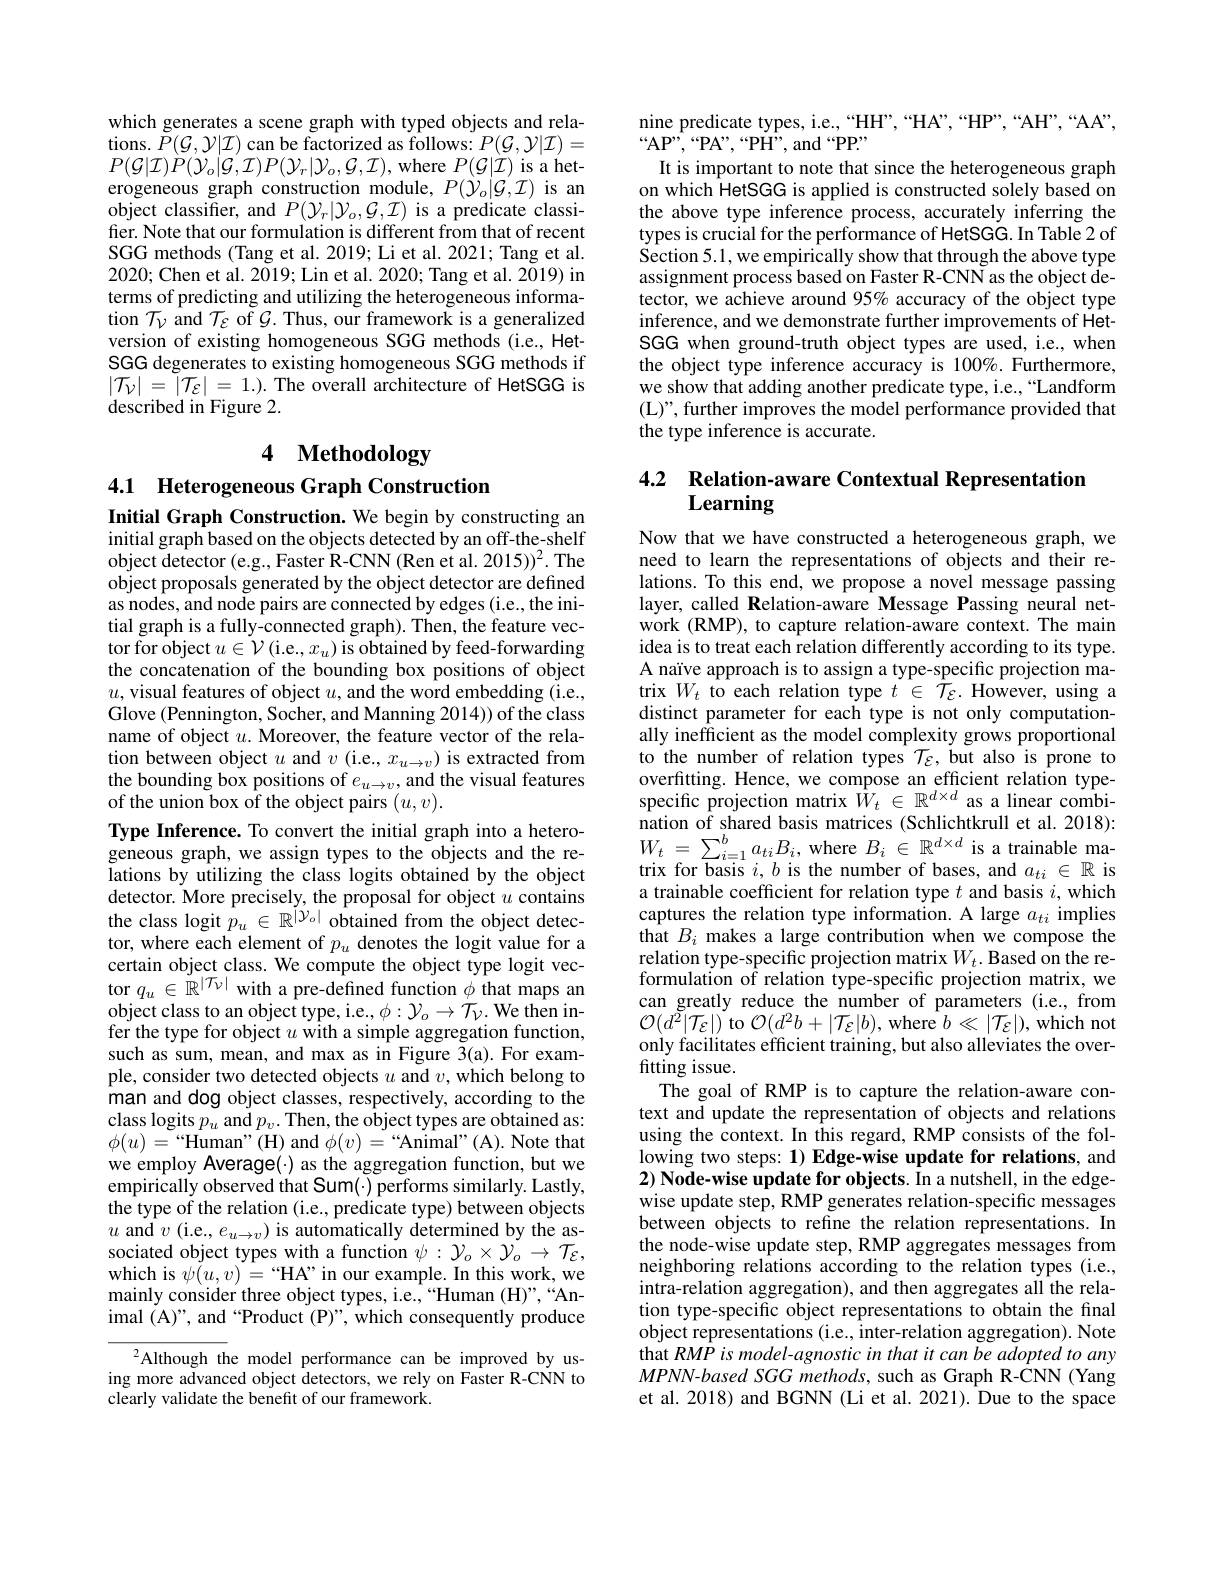
which generates a scene graph with typed objects and relations. $\tilde{P}(\mathcal{G},\mathcal{Y}|\mathcal{I})$ can be factorized as follows: $P(\mathcal{G},\mathcal{Y}|\mathcal{I})=$ $P(\mathcal{G}|\mathcal{I})\dot{P}(\mathcal{Y}_{o}|\mathcal{G},\mathcal{I})P(\mathcal{Y}_{r}|\mathcal{Y}_{o},\mathcal{G},\mathcal{I})$,where $P(\mathcal{G}|\mathcal{I})$ is a heterogeneous graph construction module, $P(\mathcal{Y}_o|\mathcal{G},\mathcal{I})$ is an object classifier, and $P(\mathcal{Y}_{r}|\mathcal{Y}_{o},\mathcal{G},\mathcal{I})$ is a predicate classifier. Note that our formulation is different from that of recent SGG methods (Tang et al.2019; Li et al. 2021; Tang et al. 2020; Chen et al. 2019; Lin et al. 2020; Tang et al. 2019) in terms of predicting and utilizing the heterogeneous information $\mathcal{T}_{\mathcal{V}}$ and $\mathcal{T}_{\mathcal{E}}$ of $\mathcal{G}.$ Thus, our framework is a generalized version of existing homogeneous SGG methods (i.e., HetSGG degenerates to existing homogeneous SGG methods if $|\mathcal{T}_{\mathcal{V}}|=|\mathcal{T}_{\mathcal{E}}|=1.).$ The overall architecture of HetSGG is described in Figure 2.

# 4 Methodology
4.1 Heterogeneous Graph Construction

Initial Graph Construction. We begin by constructing an initial graph based on the objects detected by an off-the-shelf object detector (e.g., Faster R-CNN (Ren et al. 2015))$^{2}.$The object proposals generated by the object detector are defined as nodes, and node pairs are connected by edges (i.e., the initial graph is a fully-connected graph). Then, the feature vector for object $u\in\mathcal{V}($i.e.$,x_u)$ is obtained by feed-forwarding the concatenation of the bounding box positions of object $u$,visual features of object $u$, and the word embedding (i.e., Glove (Pennington, Socher, and Manning 2014)) of the class name of object $u.$ Moreover, the feature vector of the relation between object $u$ and $v($i.e., $x_u\to v)$ is extracted from the bounding box positions of $e_u\to v$, and the visual features of the union box of the object pairs $(u,v).$
Type Inference. To convert the initial graph into a heterogeneous graph, we assign types to the objects and the relations by utilizing the class logits obtained by the object detector. More precisely, the proposal for object $u$ contains the class logit $p_u\in\mathbb{R}^{|\mathcal{Y}_o|}$ obtained from the object detector, where each element of $p_u$ denotes the logit value for a $\begin{array}{l}\text{certain object class. We compute the object type logit vec-}\\\mathrm{tor~}q_{u}\in\mathbb{R}^{|\mathcal{T}_{\nu}|}\mathrm{with~a~pre-defined~function~}\phi\mathrm{~that~maps~an}\end{array}$ object class to an object type, i.e., $\phi:\mathcal{Y}_o\to\mathcal{T}_{\mathcal{V}}.$ We then infer the type for object $u$ with a simple aggregation function, such as sum, mean, and max as in Figure 3(a). For example, consider two detected objects $u$ and $v$, which belong to man and dog object classes, respectively, according to the class logits $p_u$ and $p_v.$ Then, the object types are obtained as: $\phi(u)=$“Human”(H) and $\phi(v)=$“Animal"(A). Note that we employ Average(·) as the aggregation function, but we $\begin{array}{l}\text{empirically observed that Sum() performs similarly. Lastly,}\\\text{the type of the relation (i.e., predicate type) between objects}\end{array}$ $u$ and $v$ (i.e., $e_u\to v)$ is automatically determined by the associated object types with a function $\psi:\mathcal{Y}_o\times\mathcal{Y}_o\to\mathcal{T}_\varepsilon$, which is $\psi(u,v)=$“HA”in our example.In this work, we mainly consider three object types, i.e.,“Human (H)”,“Animal (A)", and “Product (P)”, which consequently produce
$^{2}$Although the model performance can be improved by using more advanced object detectors, we rely on Faster R-CNN to

clearly validate the benefit of our framework.

nine predicate types, i.e.,“HH”,“HA”,“HP”,“AH”,“AA”,
$“$AP”,“PA”,“PH”,“PPP”,”APP”,“PPP,”
It is important to note that since the heterogeneous graph

on which HetSGG is applied is constructed solely based on the above type inference process, accurately inferring the types is crucial for the performance of HetSGG. In Table 2 of Section 5.1, we empirically show that through the above type assignment process based on Faster R-CNN as the object detector, we achieve around 95% accuracy of the object type inference, and we demonstrate further improvements of HetSGG when ground-truth object types are used, i.e., when the object type inference accuracy is 100%. Furthermore, we show that adding another predicate type, i.e.,“Landform (L)", further improves the model performance provided that the type inference is accurate.

## 4.2 Relation-aware Contextual Representation Learning

Now that we have constructed a heterogeneous graph, we need to learn the representations of objects and their relations. To this end, we propose a novel message passing layer, called Relation-aware Message Passing neural network (RMP), to capture relation-aware context. The main idea is to treat each relation differently according to its type. A naïve approach is to assign a type-specific projection matrix $W_{t}$ to each relation type $t\in\tilde{\mathcal{T}}_{\mathcal{E}}.$ However, using a distinct parameter for each type is not only computationally inefficient as the model complexity grows proportional to the number of relation types $\mathcal{T}_{\mathcal{E}}$, but also is prone to overfitting. Hence, we compose an efficient relation typespecific projection matrix $W_t\in\mathbb{R}^{d\times d}$ as a linear combination of shared basis matrices (Schlichtkrull et al. 2018): $\begin{array}{l}{W_{t}~=~\sum_{i=1}^{b}a_{ti}B_{i},~\mathrm{where~}B_{i}~\in~\mathbb{R}^{d\times d}~\mathrm{is~a~trainable~ma-}}\\{\text{trix for basis }i,b~\mathrm{is~the~number~of~bases,~and~}a_{ti}~\in~\mathbb{R}~\mathrm{is}}\\\end{array}$ a trainable coefficient for relation type $t$ and basis $i$,which captures the relation type information. A large $a_{ti}$ implies that $B_i$ makes a large contribution when we compose the $\begin{array}{l}\text{relation type-specific projection matrix}W_{t}.\text{Based on the re-}\\\text{formulation of relation type-speciffc projection matrix, we}\end{array}$ can greatly reduce the number of parameters (i.e., from $\mathcal{O}(d^{\tilde2}|\mathcal{T}_{\mathcal{E}}|)$ to $\mathcal{O}(d^{2}b+|\mathcal{T}_{\mathcal{E}}|b)$, where $b\ll|\mathcal{T}_{\mathcal{E}}|)$, which not only facilitates efficient training, but also alleviates the overfitting issue.
The goal of RMP is to capture the relation-aware context and update the representation of objects and relations using the context. In this regard, RMP consists of the following two steps: 1) Edge-wise update for relations, and 2) Node-wise update for objects. In a nutshell, in the edgewise update step, RMP generates relation-specific messages between objects to refine the relation representations. In the node-wise update step, RMP aggregates messages from neighboring relations according to the relation types (i.e., intra-relation aggregation), and then aggregates all the relation type-specific object representations to obtain the final object representations (i.e., inter-relation aggregation). Note that RMP is model-agnostic in that it can be adopted to any MPNN-based SGG methods, such as Graph R-CNN (Yang et al. 2018) and BGNN (Li et al. 2021). Due to the space